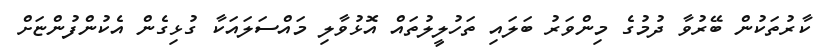
ކާރުތަކުން ބޭރުވާ ދުމުގެ މިންވަރު ބަލައި ތަހުލީލުތައް އޮޅުވާލި މައްސަލައަކާ ގުޅިގެން އެކުންފުންޏަށް